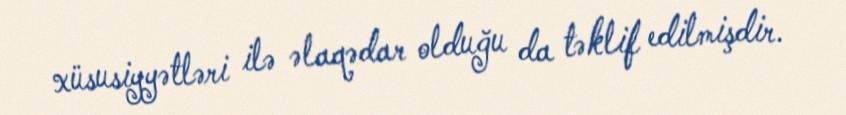
xüsusiyyətləri ilə əlaqədar olduğu da təklif edilmişdir.